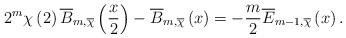
LaTeX: \begin{align*}2^{m}\chi\left( 2\right) \overline{B}_{m,\overline{\chi}}\left( \frac{x}{2}\right) -\overline{B}_{m,\overline{\chi}}\left( x\right) =-\frac{m}{2}\overline{E}_{m-1,\overline{\chi}}\left( x\right) . \end{align*}